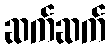
ဆက်ဆက်